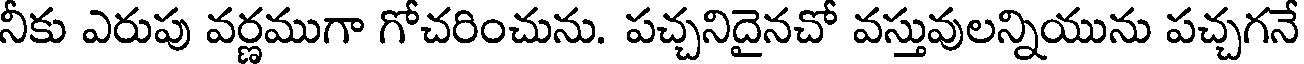
నీకు ఎరుపు వర్ణముగా గోచరించును. పచ్చనిదైనచో వస్తువులన్నియును పచ్చగనే